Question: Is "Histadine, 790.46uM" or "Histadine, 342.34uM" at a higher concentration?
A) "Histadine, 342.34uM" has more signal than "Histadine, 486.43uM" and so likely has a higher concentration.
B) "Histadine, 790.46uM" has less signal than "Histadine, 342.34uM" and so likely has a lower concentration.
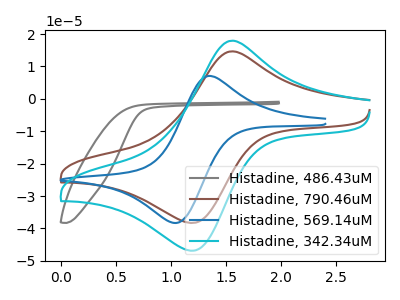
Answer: <think>The gray curve "Histadine, 486.43uM" has no peaks. The brown curve "Histadine, 790.46uM" has an anodic peak at (1.55V, 14.65uA) and a cathodic peak at (1.20V, -38.25uA). The blue curve "Histadine, 569.14uM" has an anodic peak at (1.35V, 7.05uA) and a cathodic peak at (1.05V, -38.30uA). The cyan curve "Histadine, 342.34uM" has an anodic peak at (1.55V, 17.95uA) and a cathodic peak at (1.20V, -46.80uA).
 All the peaks in "Histadine, 790.46uM" have a peak in "Histadine, 342.34uM" at the same potential. Every peak in "Histadine, 790.46uM" is lower than every peak in "Histadine, 342.34uM".</think>
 <answer>B) "Histadine, 790.46uM" has less signal than "Histadine, 342.34uM" and so likely has a lower concentration.</answer>
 <eval>B</eval>